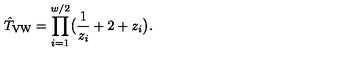
\hat { T } _ { \mathrm { V W } } = \prod _ { i = 1 } ^ { w / 2 } \bigl ( \frac { 1 } { z _ { i } } + 2 + z _ { i } \bigr ) .